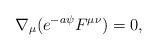
LaTeX: \begin{align*}\nabla_{\mu} (e^{-a \psi } F^{\mu \nu}) = 0, \end{align*}